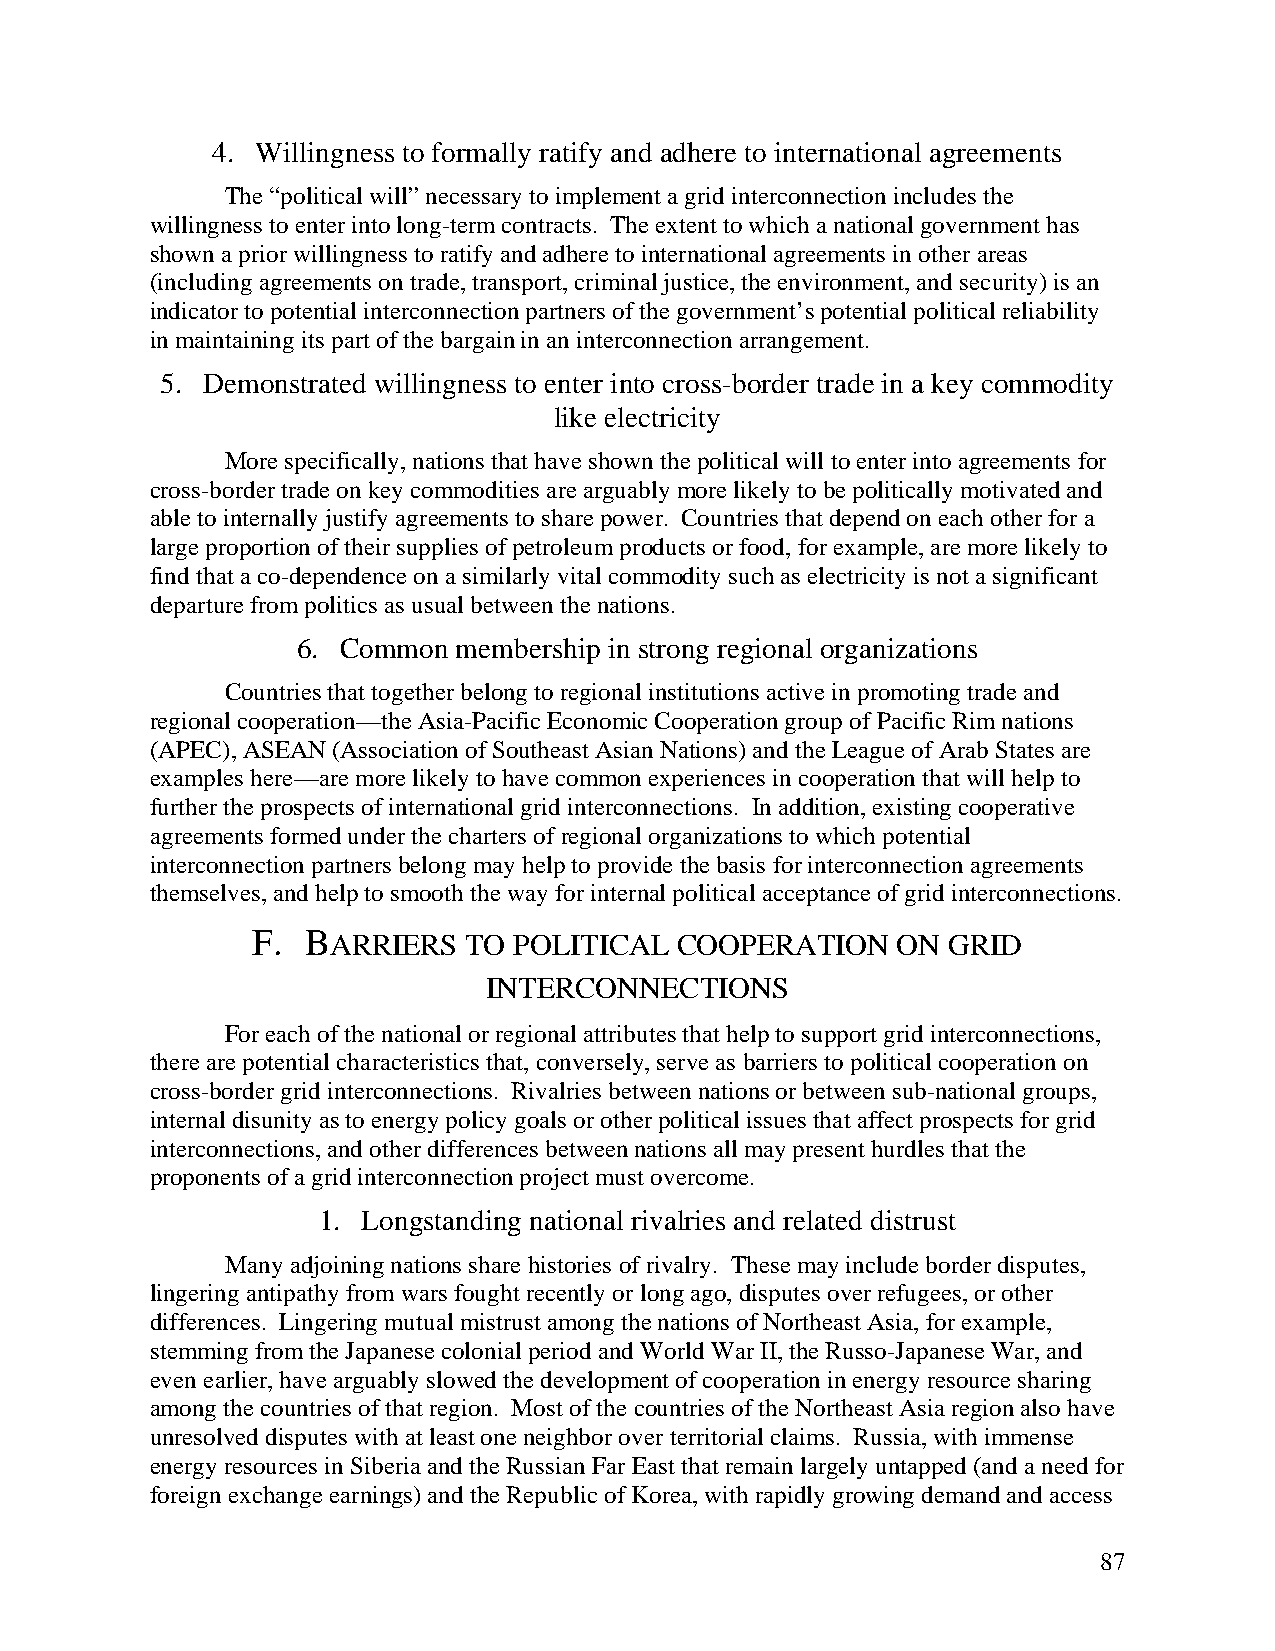
4. Willingness to formally ratify and adhere to international agreements
 The “political will” necessary to implement a grid interconnection includes the
 willingness to enter into long-term contracts. The extent to which a national government has
 shown a prior willingness to ratify and adhere to international agreements in other areas
 (including agreements on trade, transport, criminal justice, the environment, and security) is an
 indicator to potential interconnection partners of the government’s potential political reliability
 in maintaining its part of the bargain in an interconnection arrangement.
 5. Demonstrated willingness to enter into cross-border trade in a key commodity
 like electricity
 More specifically, nations that have shown the political will to enter into agreements for
 cross-border trade on key commodities are arguably more likely to be politically motivated and
 able to internally justify agreements to share power. Countries that depend on each other for a
 large proportion of their supplies of petroleum products or food, for example, are more likely to
 find that a co-dependence on a similarly vital commodity such as electricity is not a significant
 departure from politics as usual between the nations.
 6. Common membership in strong regional organizations
 Countries that together belong to regional institutions active in promoting trade and
 regional cooperation—the Asia-Pacific Economic Cooperation group of Pacific Rim nations
 (APEC), ASEAN (Association of Southeast Asian Nations) and the League of Arab States are
 examples here—are more likely to have common experiences in cooperation that will help to
 further the prospects of international grid interconnections. In addition, existing cooperative
 agreements formed under the charters of regional organizations to which potential
 interconnection partners belong may help to provide the basis for interconnection agreements
 themselves, and help to smooth the way for internal political acceptance of grid interconnections.
 F. BARRIERS   TO POLITICAL  COOPERATION   ON  GRID
 INTERCONNECTIONS
 For each of the national or regional attributes that help to support grid interconnections,
 there are potential characteristics that, conversely, serve as barriers to political cooperation on
 cross-border grid interconnections. Rivalries between nations or between sub-national groups,
 internal disunity as to energy policy goals or other political issues that affect prospects for grid
 interconnections, and other differences between nations all may present hurdles that the
 proponents of a grid interconnection project must overcome.
 1. Longstanding national rivalries and related distrust
 Many adjoining nations share histories of rivalry. These may include border disputes,
 lingering antipathy from wars fought recently or long ago, disputes over refugees, or other
 differences. Lingering mutual mistrust among the nations of Northeast Asia, for example,
 stemming from the Japanese colonial period and World War II, the Russo-Japanese War, and
 even earlier, have arguably slowed the development of cooperation in energy resource sharing
 among the countries of that region. Most of the countries of the Northeast Asia region also have
 unresolved disputes with at least one neighbor over territorial claims. Russia, with immense
 energy resources in Siberia and the Russian Far East that remain largely untapped (and a need for
 foreign exchange earnings) and the Republic of Korea, with rapidly growing demand and access
 87